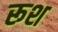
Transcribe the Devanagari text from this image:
रूश